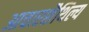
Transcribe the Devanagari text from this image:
आचारशैथिल्य